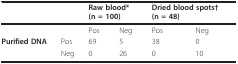
<table><thead><tr><td></td><td></td><td colspan="2"><b>Raw blood*(n = 100)</b></td><td colspan="2"><b>Dried blood spots†(n = 48)</b></td></tr></thead><tbody><tr><td></td><td></td><td>Pos</td><td>Neg</td><td>Pos</td><td>Neg</td></tr><tr><td><b>Purified DNA</b></td><td>Pos</td><td>69</td><td>5</td><td>38</td><td>0</td></tr><tr><td></td><td>Neg</td><td>0</td><td>26</td><td>0</td><td>10</td></tr></tbody></table>